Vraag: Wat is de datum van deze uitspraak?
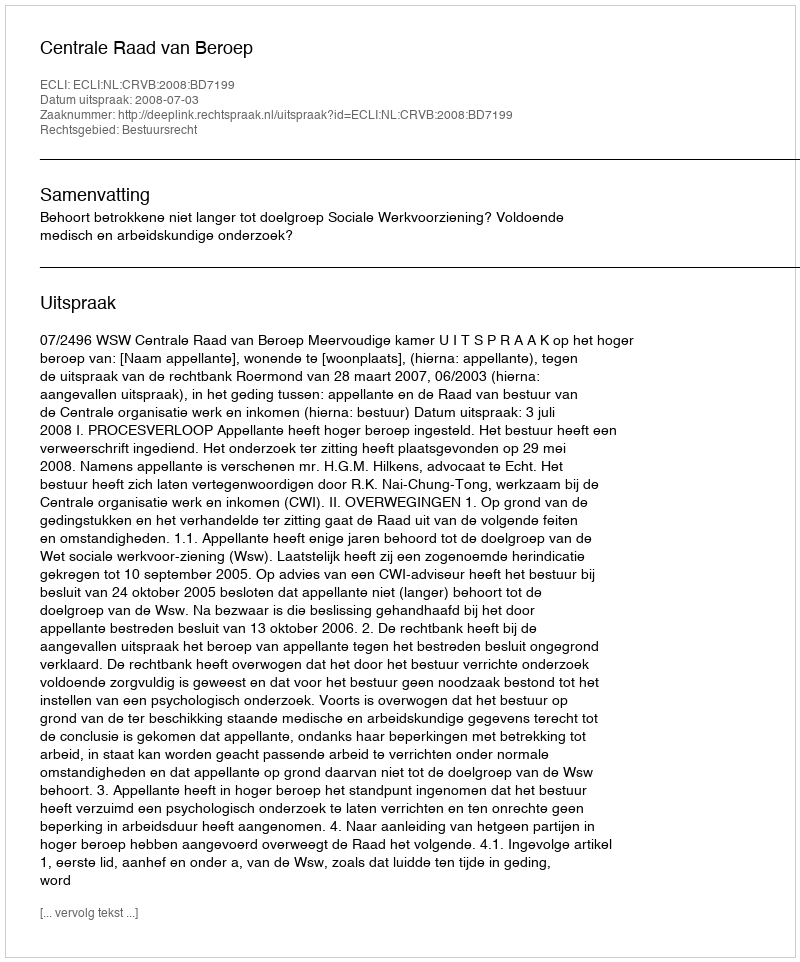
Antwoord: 2008-07-03